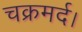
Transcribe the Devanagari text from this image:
चक्रमर्द।